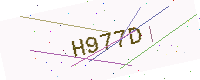
Text: H977D